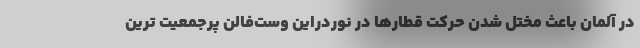
در آلمان باعث مختل شدن حرکت قطارها در نوردراین وست‌فالن پرجمعیت ترین